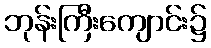
ဘုန်းကြီးကျောင်း၌